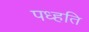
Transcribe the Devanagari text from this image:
पध्हति